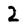
Character: 2